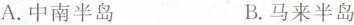
A.中南半岛 B.马来半岛